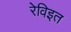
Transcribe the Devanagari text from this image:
रेविइत